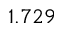
1 . 7 2 9